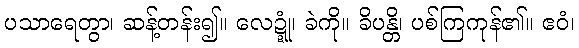
ပသာရေတွာ၊ ဆန့်တန်း၍။ လေဍ္ဍုံ၊ ခဲကို။ ခိပန္တိ၊ ပစ်ကြကုန်၏။ ဧဝံ၊